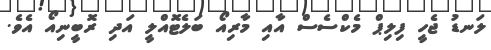
ލަނޑު ޖެހީ ފިލިޕް މެކްސެސް އާއި މާރިއޯ ބަލެޓޮއްލީ އަދި ރޮބީނިއޯ އެވެ.